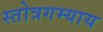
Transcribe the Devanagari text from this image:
स्तोत्रगम्याय